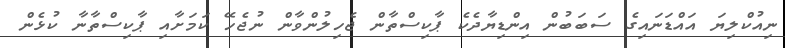
ނިއުކްލިޔަ އައްޑަނައިގެ ސަބަބުން އިންޑިޔާދެކެ ޕާކިސްތާން ޖެހިލުންވާން ނުޖެހޭ ކަމަށާއި ޕާކިސްތާނާ ކުޅެން